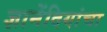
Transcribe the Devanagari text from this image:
ज्ञानेंदियांचा